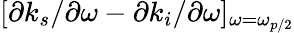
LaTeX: [\partial k_{s}/\partial\omega-\partial k_{i}/\partial\omega]_{\omega=\omega_{p/2}}